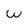
Character: W